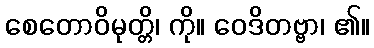
စေတောဝိမုတ္တိ၊ ကို။ ဝေဒိတဗ္ဗာ၊ ၏။